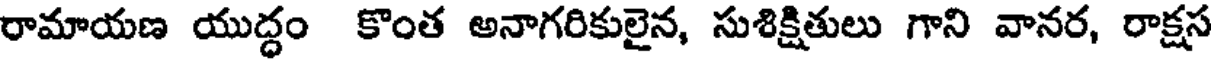
రామాయణ యుద్ధం కొంత అనాగరికులైన, సుశిక్షితులు గాని వానర, రాక్షస